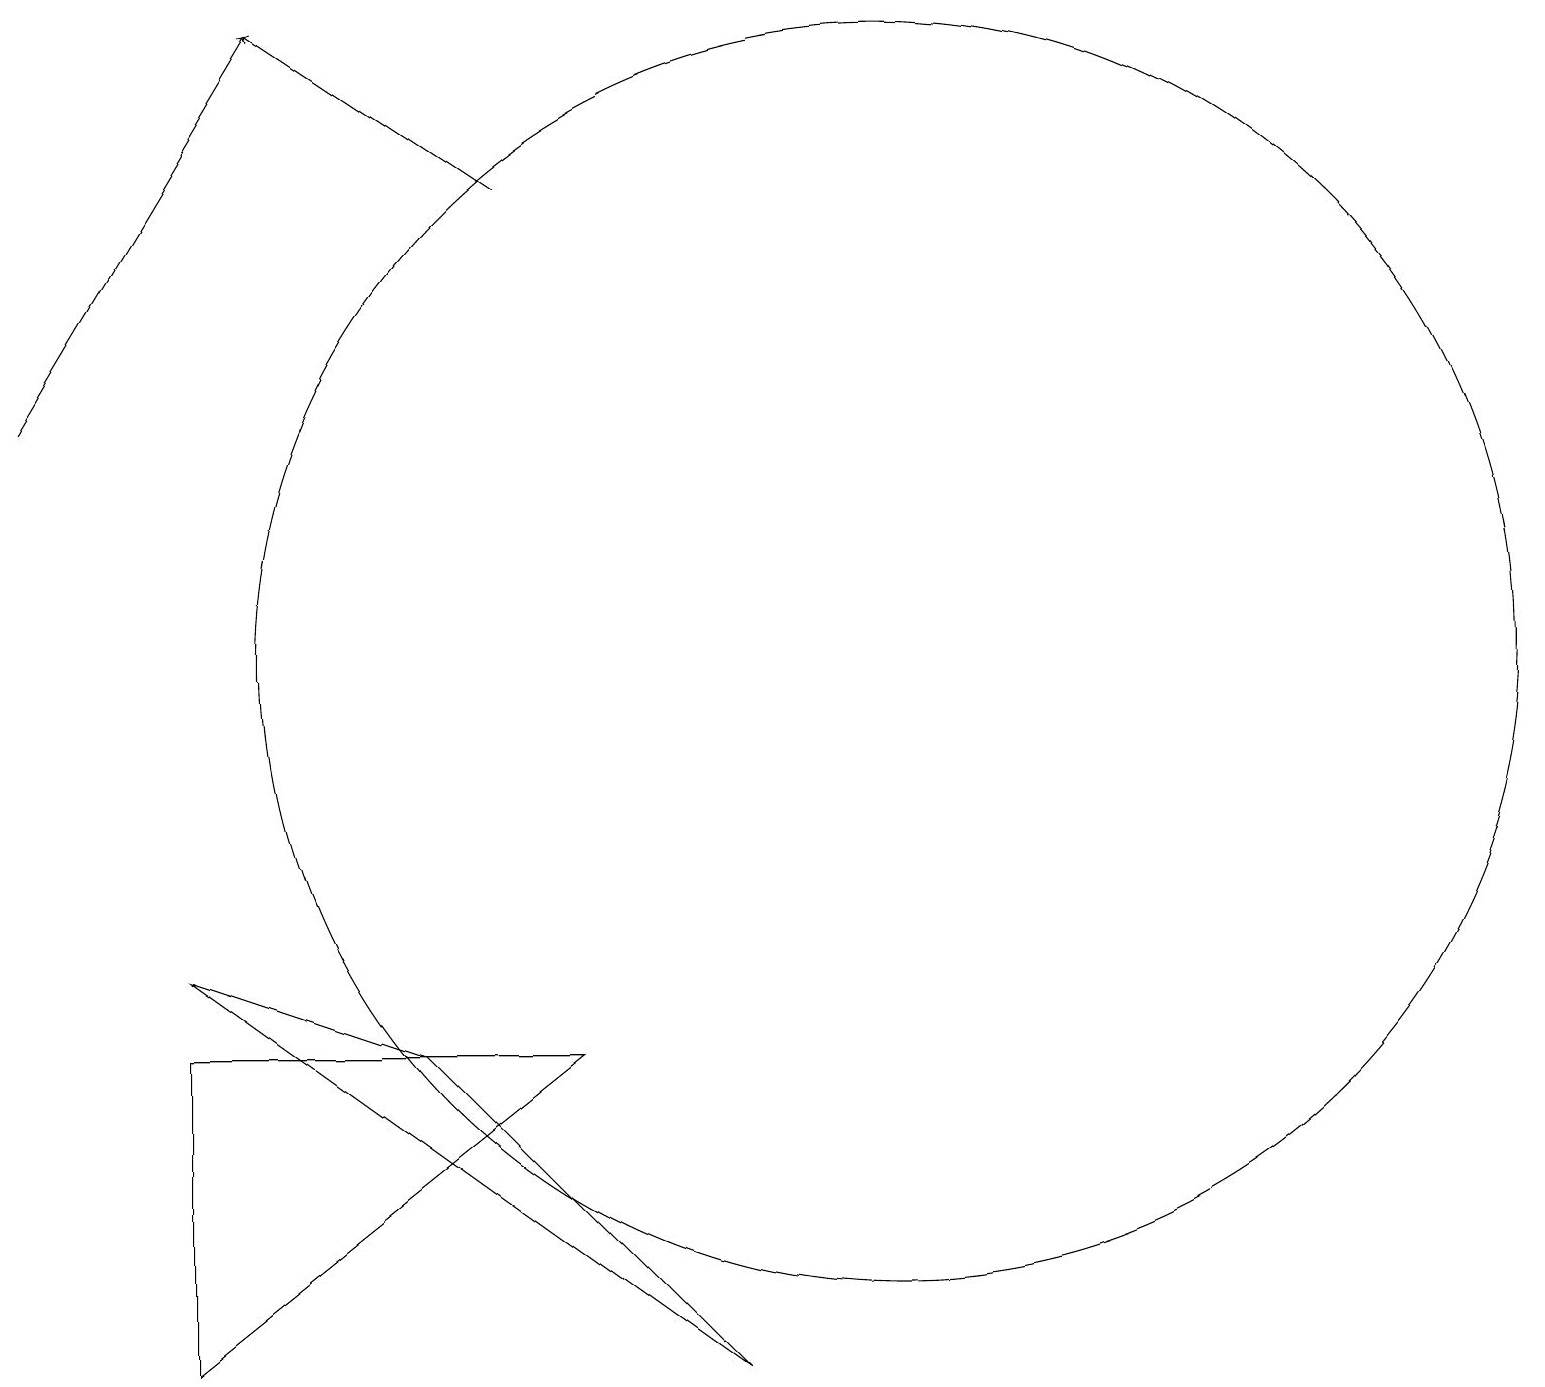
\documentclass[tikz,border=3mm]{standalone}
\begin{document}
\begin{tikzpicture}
\draw[->] (0,14) -- (3,19);
\draw[->] (6,17) -- (3,19);
\draw (7,6) -- (2,2) -- (2,6) -- cycle;
\draw (11,11) circle (8);
\draw (2,7) -- (9,2) -- (5,6) -- cycle;
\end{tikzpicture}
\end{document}